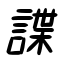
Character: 諜